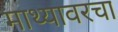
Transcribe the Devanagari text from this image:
माथ्यावरचा